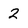
Character: 2